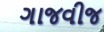
ગાજવીજ